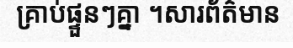
គ្រាប់ផ្ទួនៗគ្នា ។សារព័ត៌មាន